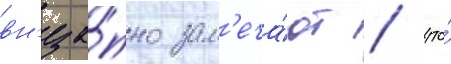
вн'еза́пно зам'еча́ют / что́